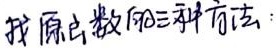
找原函数的三种方法：